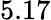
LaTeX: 5.17